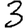
Digit: 3